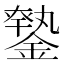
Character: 𨫦